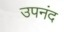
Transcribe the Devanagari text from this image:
उपनंद